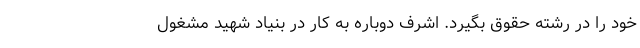
خود را در رشته حقوق بگیرد. اشرف دوباره به کار در بنیاد شهید مشغول